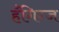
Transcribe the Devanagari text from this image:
हँगिग्ज